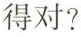
得对？